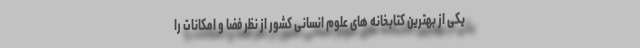
یکی از بهترین کتابخانه های علوم انسانی کشور از نظر فضا و امکانات را